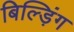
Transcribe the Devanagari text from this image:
बिल्ड़िंग